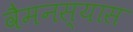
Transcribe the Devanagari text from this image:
वैमनस्यास